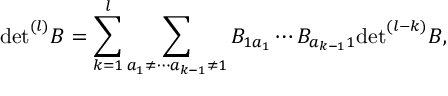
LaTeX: \mathrm { d e t } ^ { ( l ) } B = \sum _ { k = 1 } ^ { l } \sum _ { a _ { 1 } \neq \cdots a _ { k - 1 } \neq 1 } B _ { 1 a _ { 1 } } \cdots B _ { a _ { k - 1 } 1 } \mathrm { d e t } ^ { ( l - k ) } B ,